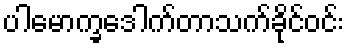
ပါမောက္ခဒေါက်တာသက်ခိုင်ဝင်း